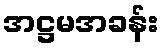
အဋ္ဌမအခန်း